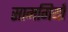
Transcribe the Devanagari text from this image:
सामगियाँ